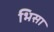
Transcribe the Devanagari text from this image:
भिसा